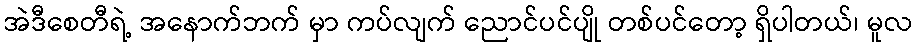
အဲဒီစေတီရဲ့ အနောက်ဘက် မှာ ကပ်လျက် ညောင်ပင်ပျို တစ်ပင်တော့ ရှိပါတယ်၊ မူလ